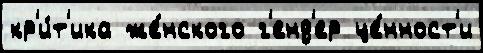
кр'и́т'ика же́нского г'енд'ер це́нност'и